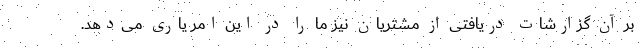
بر آن گزارشات دریافتی از مشتریان نیز ما را در این امر یاری می­دهد.